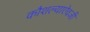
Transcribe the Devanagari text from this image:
कौशल्याऐवजी